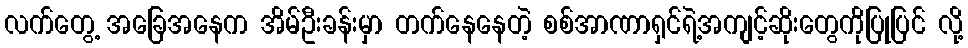
လက်တွေ့ အခြေအနေက အိမ်ဦးခန်းမှာ တက်နေနေတဲ့ စစ်အာဏာရှင်ရဲ့အကျင့်ဆိုးတွေကိုပြုပြင် လို့